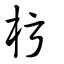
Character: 杇